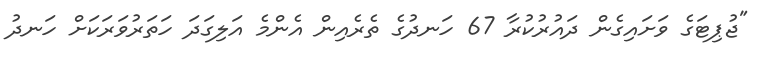
"ޖުޕިޓަގެ ވަށައިގެން ދައުރުކުރާ 67 ހަނދުގެ ތެރެއިން އެންމެ އަލިގަދަ ހަތަރުވަރަކަށް ހަނދު